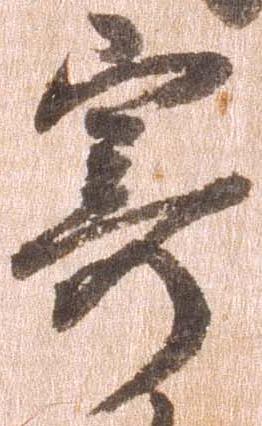
寄